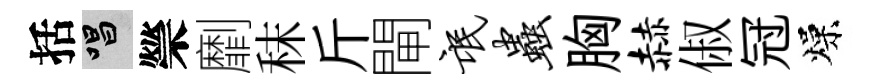
括唱禜劘秣斤閘氓虫胸赫俶冠燥